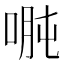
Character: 𱓇